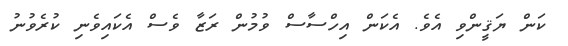
ކަން ޔަޤީންވި އެވެ. އެކަން އިހްސާސް ވުމުން ރަޒާ ވެސް އެކައިވެނި ކުރެވުނު